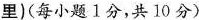
里)(每小题1分，共10分)